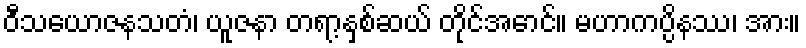
ဝီသယောဇနသတံ၊ ယူဇနာ တရာ့နှစ်ဆယ် တိုင်အောင်။ မဟာကပ္ပိနဿ၊ အား။